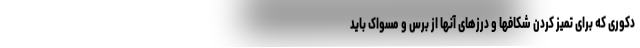
دکوری که برای تمیز کردن شکافها و درزهای آنها از برس و مسواک باید